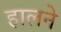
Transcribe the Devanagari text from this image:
हालने